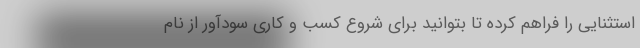
استثنایی را فراهم کرده تا بتوانید برای شروع کسب و کاری سودآور از نام